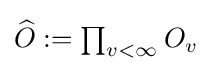
\textstyle {\widehat {O}}:=\prod _{v<\infty }O_{v}